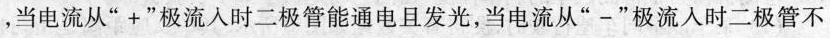
，当电流从”+”极流入时二极管能通电且发光，当电流从”-”极流入时二极管不